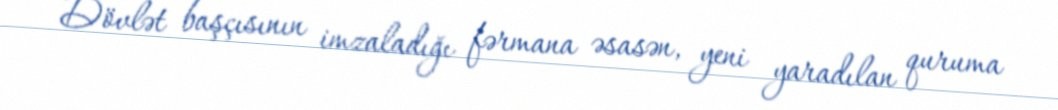
Dövlət başçısının imzaladığı fərmana əsasən, yeni yaradılan quruma